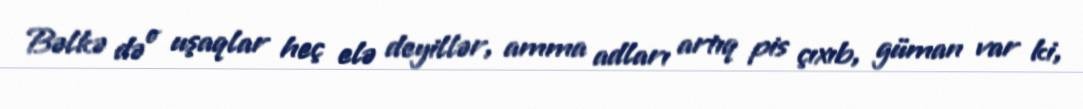
Bəlkə də o uşaqlar heç elə deyillər, amma adları artıq pis çıxıb, güman var ki,